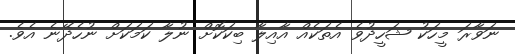
ނަވާރަ މީހަކު ޝަހީދުވެ އެތަކެއް އާއިލާ ބިކަކޮށް ނުލާ ކަމަކަށް ނުހެދޭނެ އެވެ.